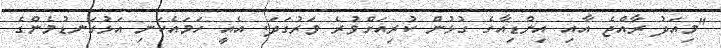
"މިއަދު ރާއްޖެ އާއި އިންޑިއާގެ ގުޅުން ކުރިއަށްވުރެ ވަރުގަދަ. އެއީ ހަމައެކަނި އަޅުގަނޑުމެންގެ